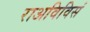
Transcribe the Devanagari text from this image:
राअविविसं